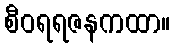
စီဝရရဇနကထာ။